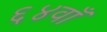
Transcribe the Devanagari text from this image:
६४वाँ